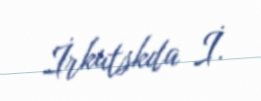
İrkutskda İ.